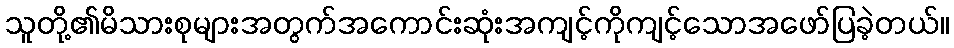
သူတို့၏မိသားစုများအတွက်အကောင်းဆုံးအကျင့်ကိုကျင့်သောအဖော်ပြခဲ့တယ်။